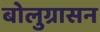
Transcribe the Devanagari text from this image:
बोलुग्रासन